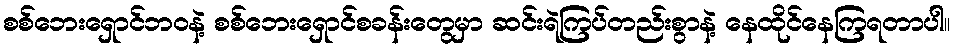
စစ်ဘေးရှောင်ဘဝနဲ့ စစ်ဘေးရှောင်စခန်းတွေမှာ ဆင်းရဲကြပ်တည်းစွာနဲ့ နေထိုင်နေကြရတာပါ။